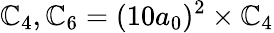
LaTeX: \mathbb{C}_{4},\mathbb{C}_{6}=(10a_{0})^{2}\times\mathbb{C}_{4}